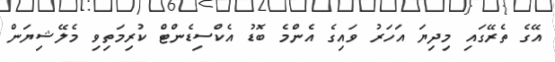
އޭގެ ތެރޭގައި މިދިޔަ އަހަރު ވައިގެ އެންމެ ބޮޑު އެކްސިޑެންޓް ކުރިމަތިވި މެލޭޝިޔަން